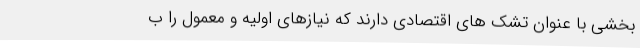
بخشی با عنوان تشک های اقتصادی دارند که نیازهای اولیه و معمول را ب